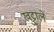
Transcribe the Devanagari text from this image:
खुट्टाले